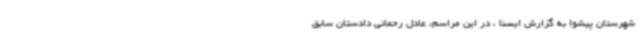
شهرستان پیشوا به گزارش ایسنا ، در این مراسم، عادل رحمانی دادستان سابق